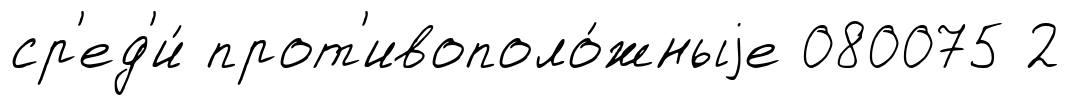
ср'ед'и́ прот'ивополо́жныjе 080075 2